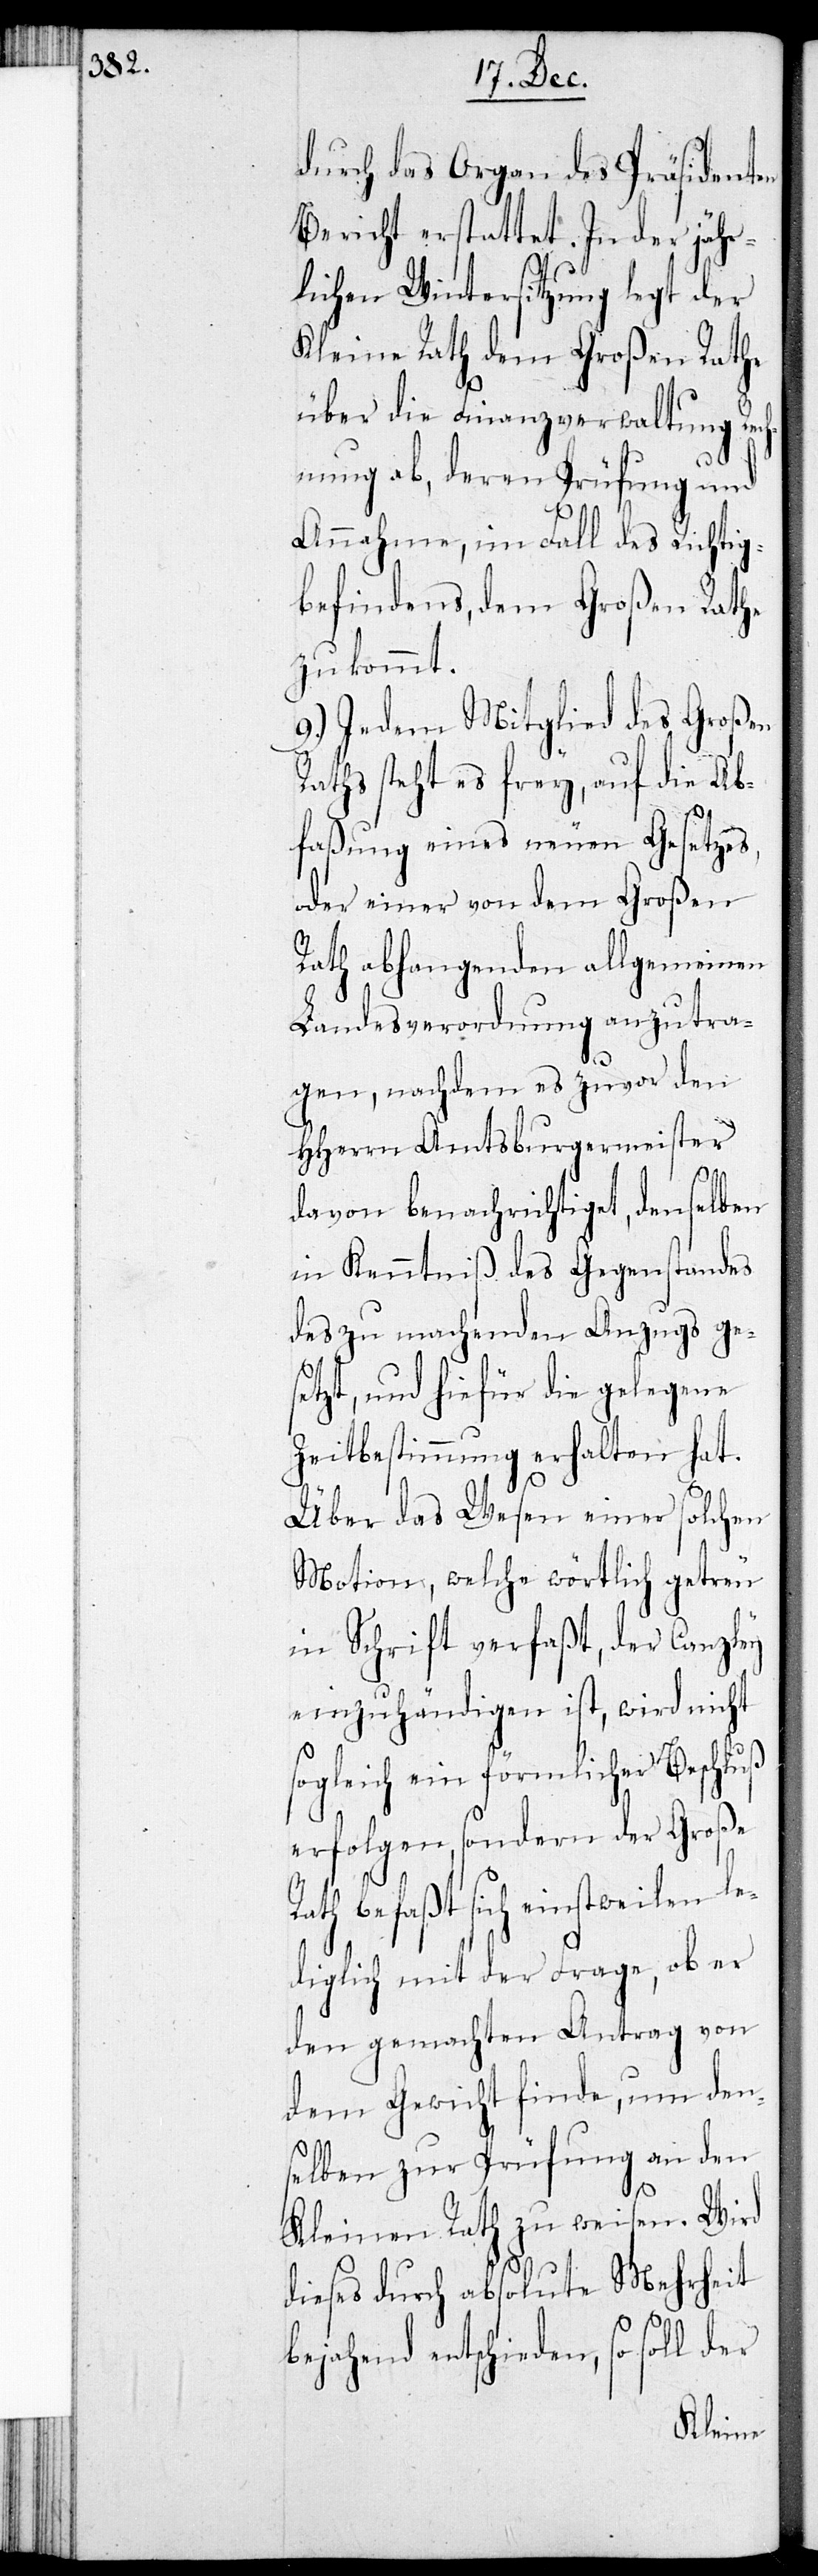
durch das Organ des Präsidenten
Bericht erstattet. In der jähr¬
lichen Wintersitzung legt der
Kleine Rath dem Großen Rathe
über die Finanzverwaltung Rech¬
nung ab, deren Prüfung und
Annahme, im Fall des Richtig¬
befindens, dem Großen Rathe
zukommt.
9.) Jedem Mitglied des Großen
Raths steht es frey, auf die Ab¬
faßung eines neuen Gesetzes,
oder einer von dem Großen
Rath abhangenden allgemeinen
Landesverordnung anzutra¬
gen, nachdem es zuvor den
HHerrn Amtsburgermeister
davon benachrichtiget, denselben
in Kenntniß des Gegenstandes
des zu machenden Anzugs ges¬
etzt, und hiefür die gelegene
Zeitbestimmung erhalten hat.
Über das Wesen einer solchen
Motion, welche wörtlich getreu
in Schrift verfaßt, der Canzley
einzuhändigen ist, wird nicht
sogleich ein förmlicher Beschluß
erfolgen, sondern der Große
Rath befaßt sich einstweilen le¬
diglich mit der Frage, ob er
den gemachten Antrag von
dem Gewicht finde, um den¬
selben zur Prüfung an den
Kleinen Rath zu weisen. Wird
dieses durch absolute Mehrheit
bejahend entschieden, so soll